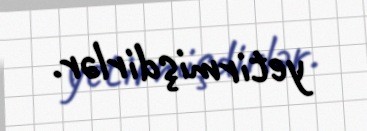
yetirmişdirlər.